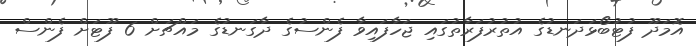
އޮމަދޫ ފުޓުބޯޅަދަނޑުގެ އުތުރުފަރާތުގައި ޖަހާފައިވާ ފެންސުގެ ދާގަނޑުގެ މައްޗަށް 6 ފޫޓަށް ފެންސް